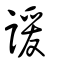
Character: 諼